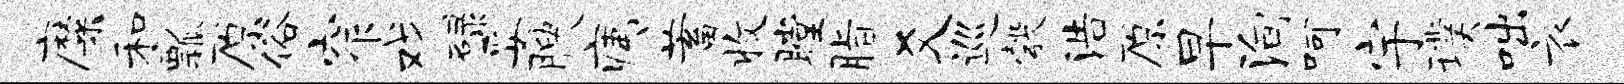
靡和瓢原俗窄戏碌妥腴痍蓄收瞠脂爻巡彀浩原早殉呵宇璞咄衣